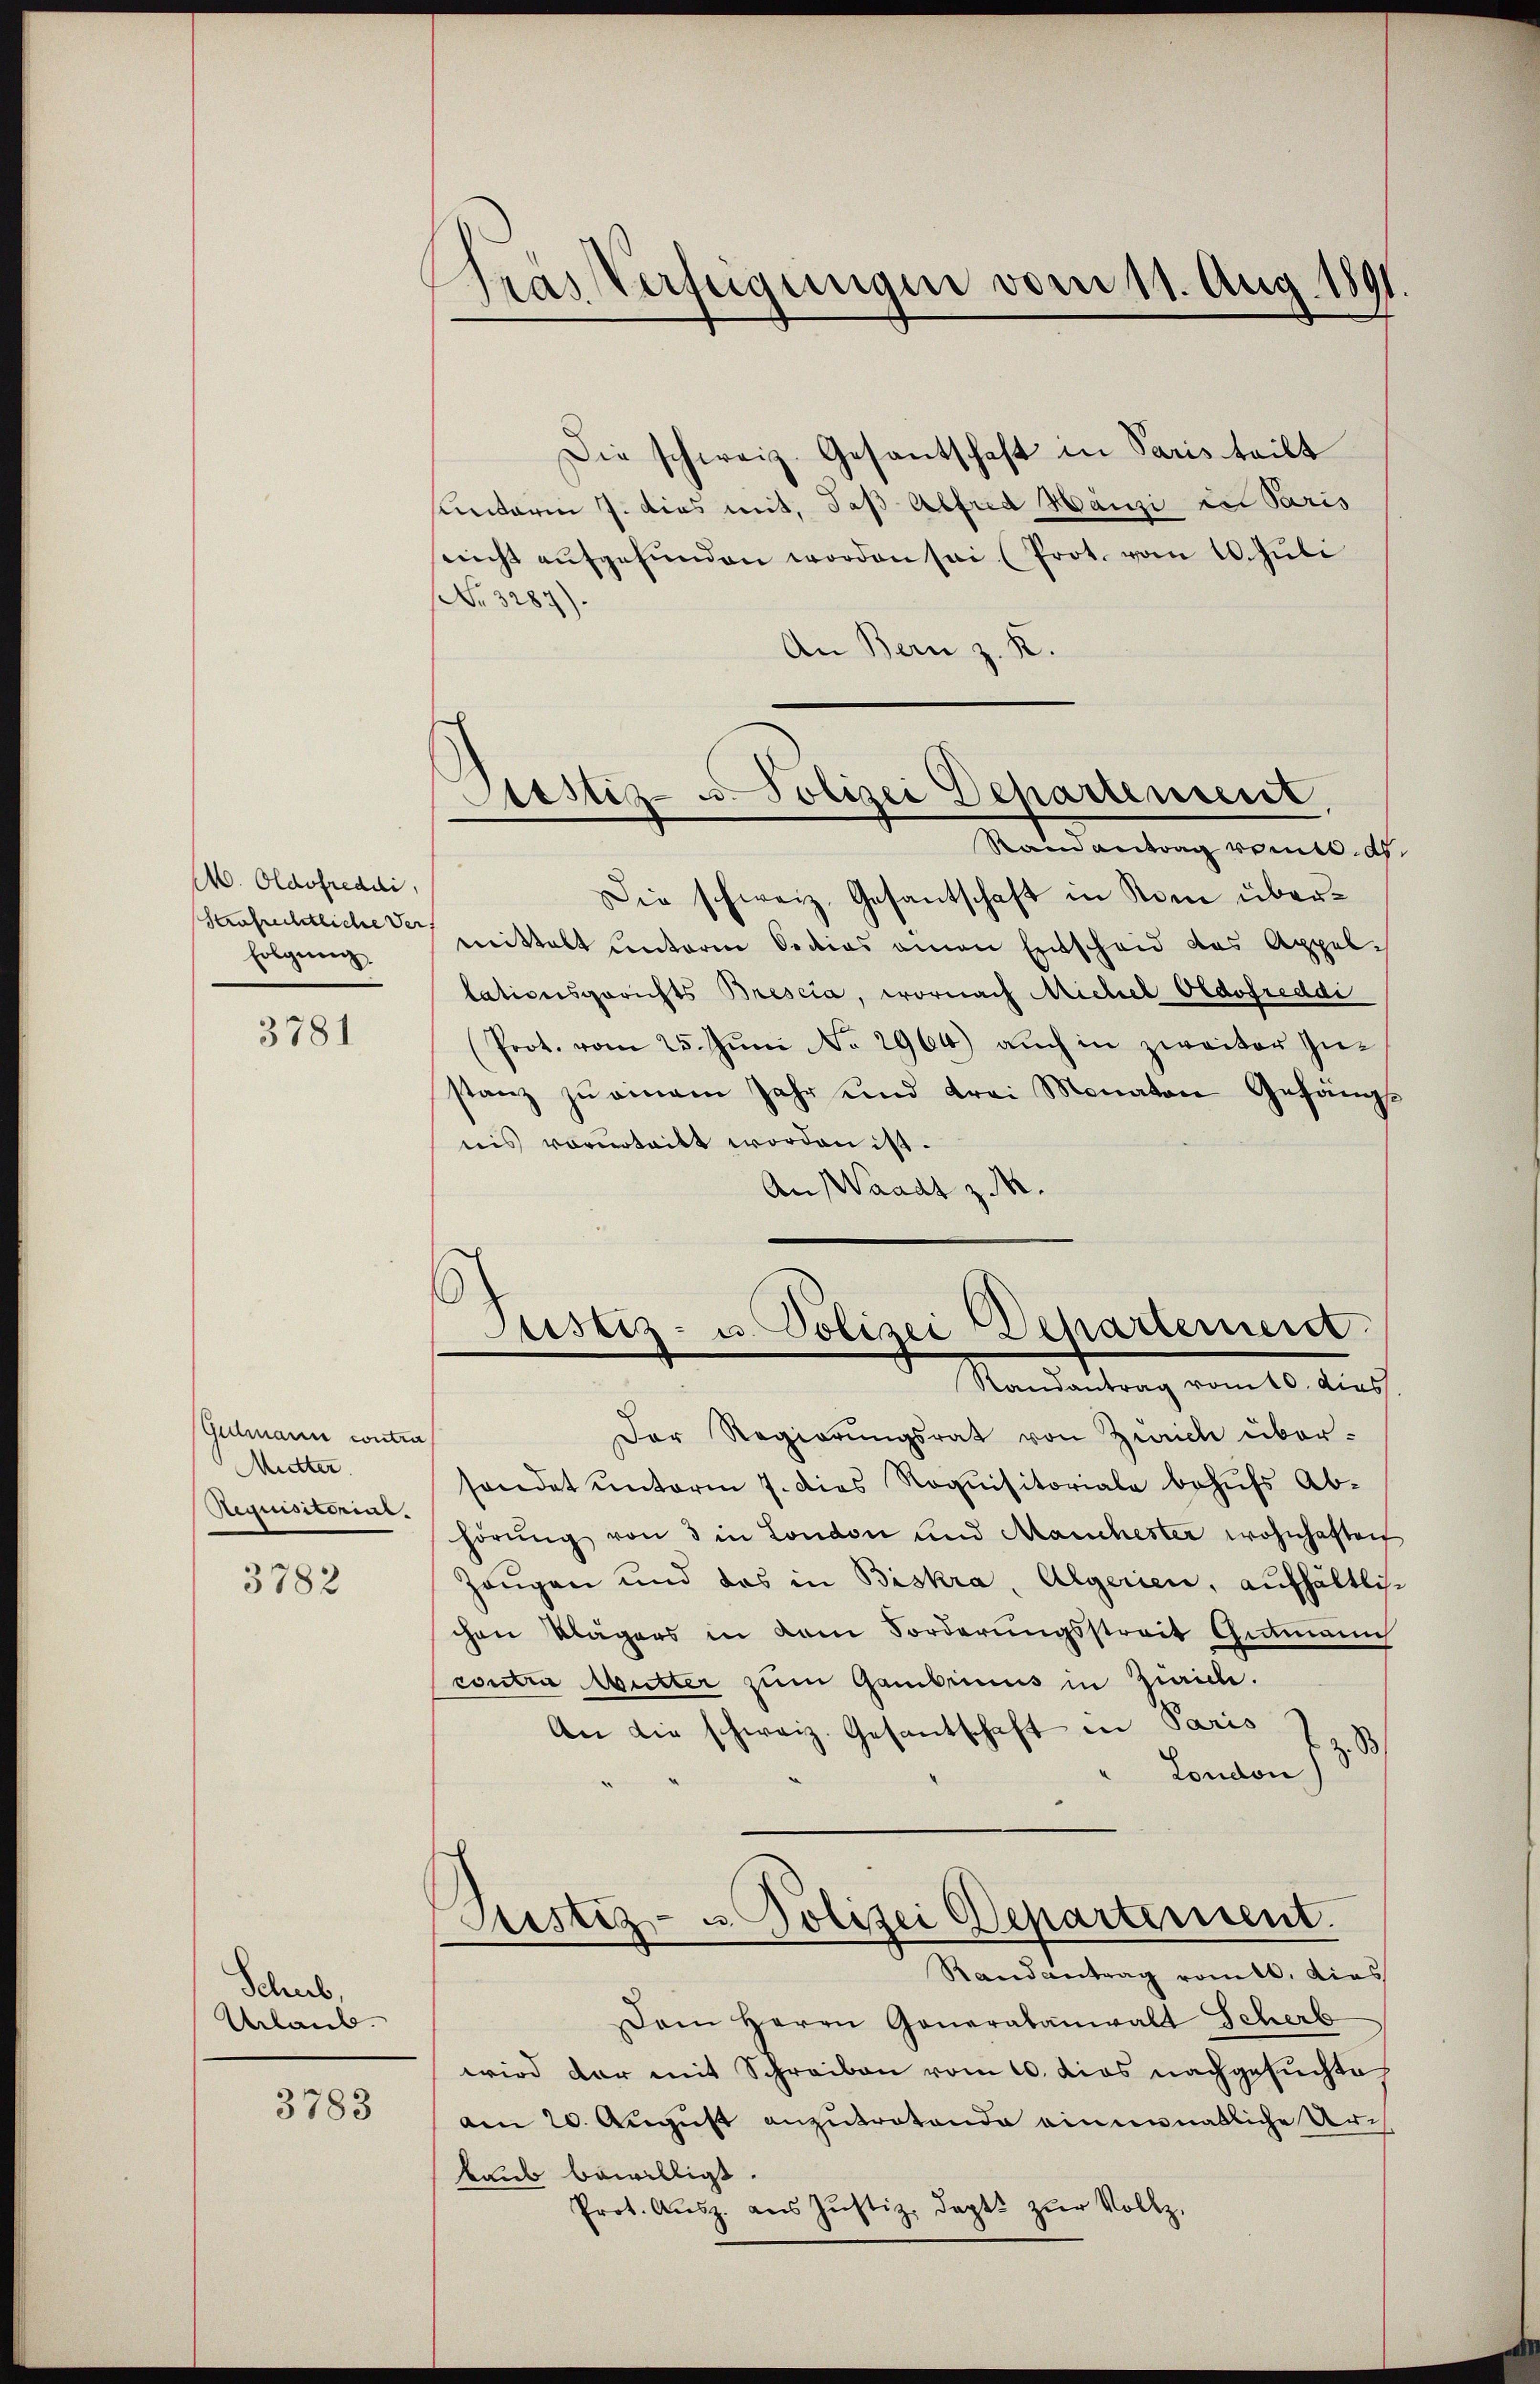
M. Oldofreddi
saufrechtliche Ver
folgung

3781

Gidmann contra
Mutter.
Requisitorint.
3782

Schub,
Ablaub.

3783

fras Verfügungen vom 11. Aug. 1891

Astiz- u. Polizei Departeniert,

Die schweiz. Gesantschaft in Paris teilt
sunterm 7. dies mit, daß Alfred Hanzi vel Paris
sricht aŭfgefŭnden worden sei. (Prot. vom 10. Juli
Nr. 3287).
An Bern z. R.
Randantrag von de
Die schweiz. Gesantschaft in Rom übermittelt unterm Oecios einen Entscheid das Appel-
lationsgerichts Brescia, wornach Michel Oldofreddi
Prot. vom 25. Jŭni No 2964) aŭch in zweiter Zu-
stanz zu einem Jahr und drei Monaten Gefäng-
nis vorurteilt worden ist.
An Waadt z.
Der Regierungsrat von Zürich über-
sendet unterm 7. dies Requisitoriale behufs Ab-
hörŭng von 3 in London und Manchester wohnhaften
Zeugen und das in Biskra, Algerien, aufhältlich-
chen Klägers in dem Forderungsstreit Gutmann
contra Mutter zum Gambinis in Zürich.
An die schweiz. Gesantschaft in Paris
London
Ristiz- u Polizei Departement.
Randantrag vom l. dies
Dem Herrn Generabanwalt Scherb
wird der mit Schreiben vom 10. dies nachgesuchte
am 20. August anzutretende einmonatliche Urkaub bewilligt.
Prot. Aŭsz. aus Justiz, dapt. zŭr Vollz

Justiz- u. Polizei Departement
Randantrag vom 10. dies